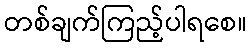
တစ်ချက်ကြည့်ပါရစေ။